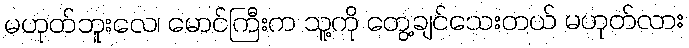
မဟုတ်ဘူးလေ၊ မောင်ကြီးက သူ့ကို တွေ့ချင်သေးတယ် မဟုတ်လား